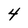
Character: 4